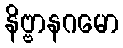
နိဗ္ဗာနဂမော